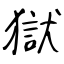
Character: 獄